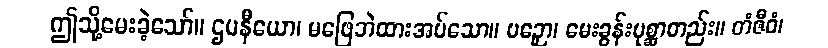
ဤသို့မေးခဲ့သော်။ ဌပနီယော၊ မဖြေဘဲထားအပ်သော။ ပဉှော၊ မေးခွန်းပုစ္ဆာတည်း။ တံဇီဝံ၊